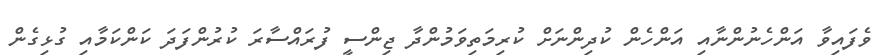
ވެފައިވާ އަންހެނުންނާއި އަންހެން ކުދިންނަށް ކުރިމަތިވަމުންދާ ޖިންސީ ފުރައްސާރަ ކުރުންފަދަ ކަންކަމާއި ގުޅިގެން